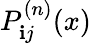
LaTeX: {P}_{\mathbf{i}j}^{(n)}(x)